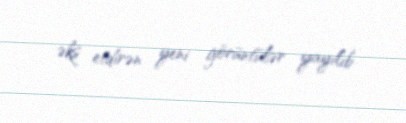
əks etdirən yeni görüntülər yayılıb.